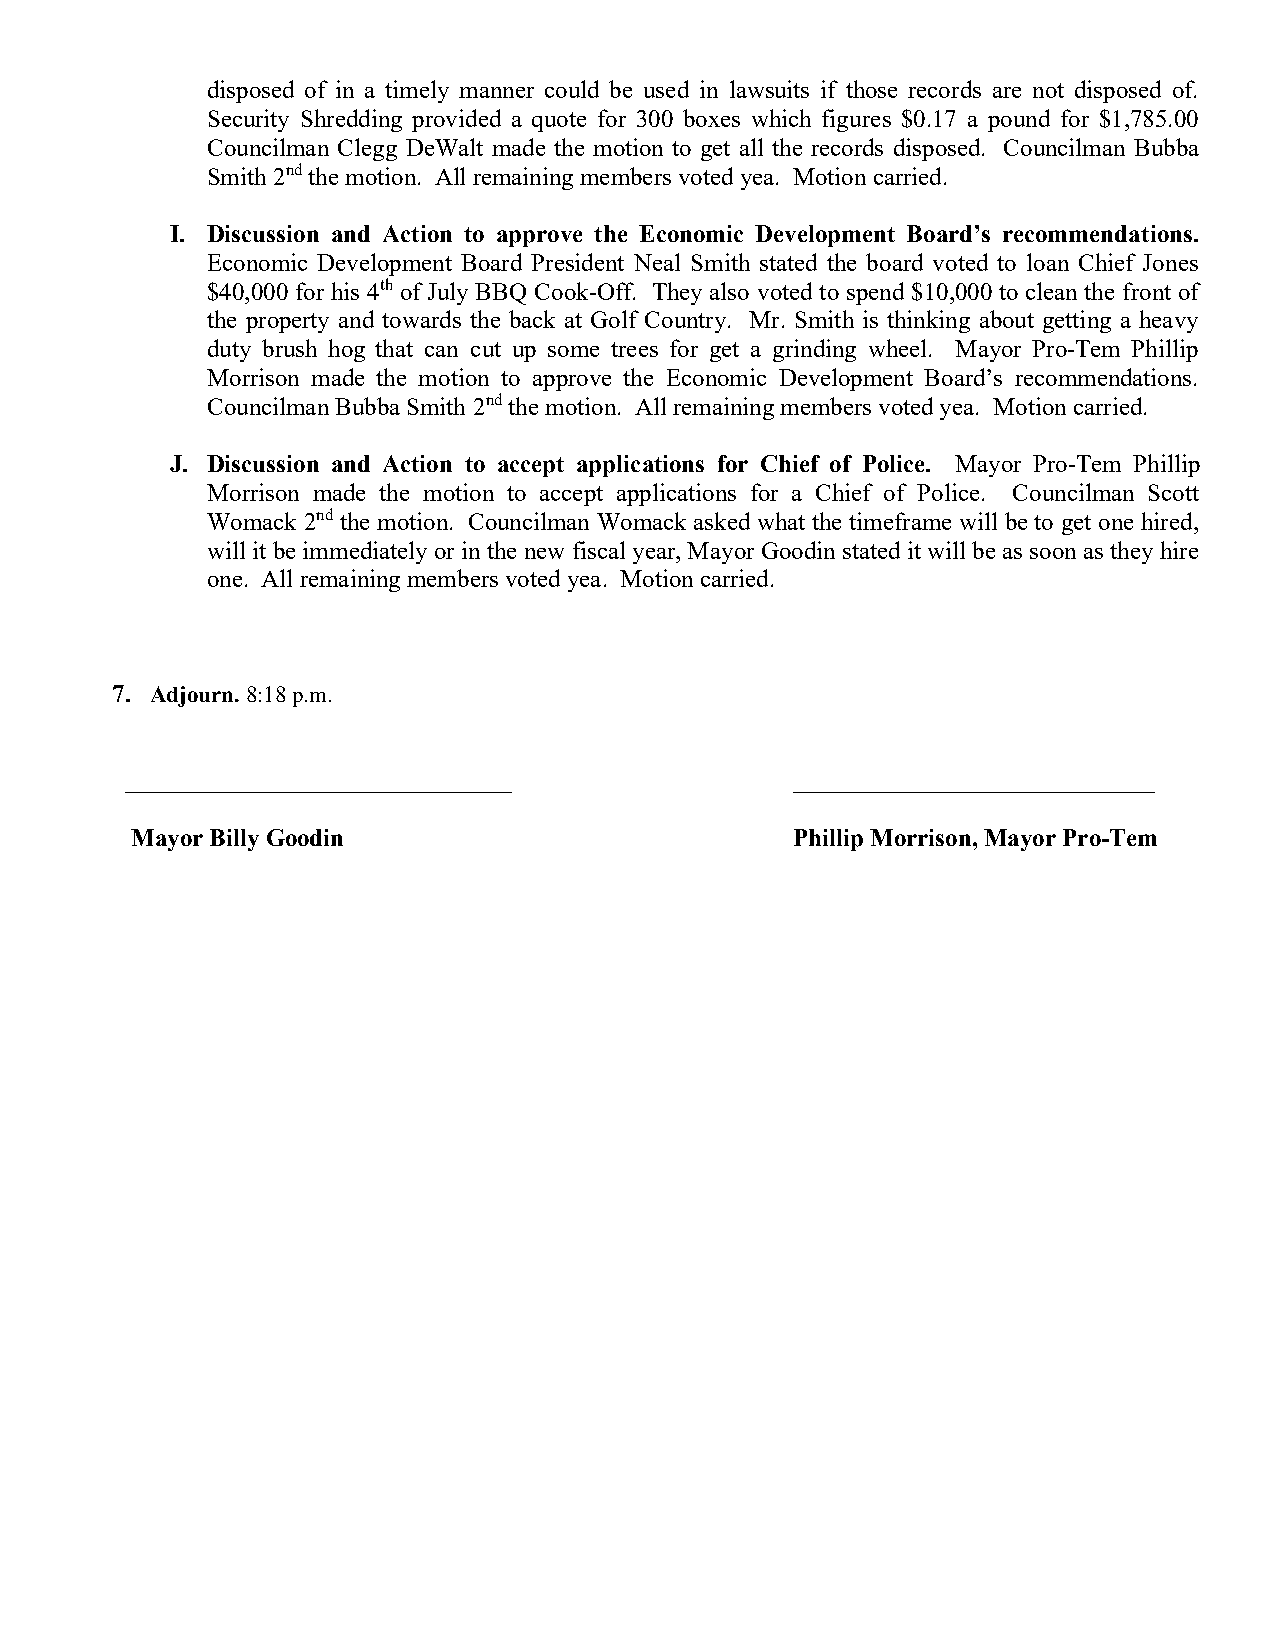
disposed of in a timely manner could be used in lawsuits if those records are not disposed of.
 Security Shredding provided a quote for 300 boxes which figures $0.17 a pound for $1,785.00
 Councilman Clegg DeWalt made the motion to get all the records disposed. Councilman Bubba
 Smith 2nd the motion. All remaining members voted yea. Motion carried.
 I. Discussion and Action to approve the Economic Development Board’s recommendations.
 Economic Development Board President Neal Smith stated the board voted to loan Chief Jones
 $40,000 for his 4th of July BBQ Cook-Off. They also voted to spend $10,000 to clean the front of
 the property and towards the back at Golf Country. Mr. Smith is thinking about getting a heavy
 duty brush hog that can cut up some trees for get a grinding wheel. Mayor Pro-Tem Phillip
 Morrison made the motion to approve the Economic Development Board’s recommendations.
 Councilman Bubba Smith 2nd the motion. All remaining members voted yea. Motion carried.
 J. Discussion and Action to accept applications for Chief of Police. Mayor Pro-Tem Phillip
 Morrison made the motion to accept applications for a Chief of Police. Councilman Scott
 Womack 2nd the motion. Councilman Womack asked what the timeframe will be to get one hired,
 will it be immediately or in the new fiscal year, Mayor Goodin stated it will be as soon as they hire
 one. All remaining members voted yea. Motion carried.
 7. Adjourn. 8:18 p.m.
 _______________________________             _____________________________
 Mayor Billy Goodin                          Phillip Morrison, Mayor Pro-Tem